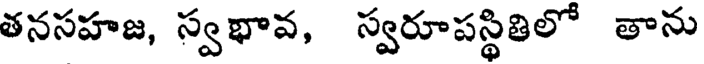
తనసహజ, స్వభావ, స్వరూపస్థితిలో తాను